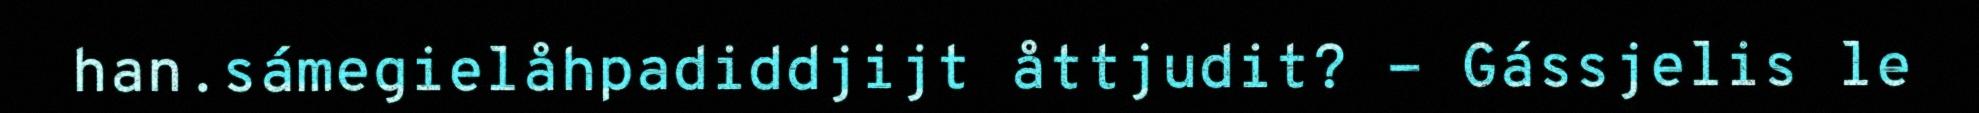
han.sámegielåhpadiddjijt åttjudit? - Gássjelis le